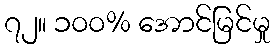
၇၂။ ၁၀၀% အောင်မြင်မှု